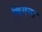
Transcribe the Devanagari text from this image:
विगना